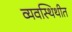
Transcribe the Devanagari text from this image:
व्यवस्थिथीत